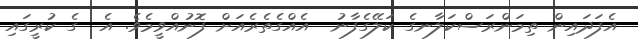
އެފަދައިން ތިމަންރަސްކަލާނގެ ކަލޭގެފާނު  އެއްގެތެރެއަށް ފޮނުއްވީމެވެ. އެ  ގެ ކުރީގައި